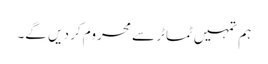
ہم تمہیں ٹماٹر سے محروم کر دیں گے۔